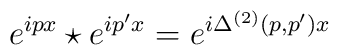
e^{ipx} \star e^{ip^{\prime}x} =e^{i\Delta^{(2)}(p,p^{\prime}){x}}